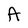
Character: A